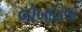
બોબાડિલા